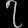
Digit: ၇